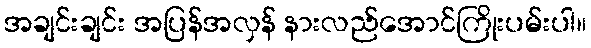
အချင်းချင်း အပြန်အလှန် နားလည်အောင်ကြိုးပမ်းပါ။